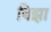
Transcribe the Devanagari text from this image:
बिझा